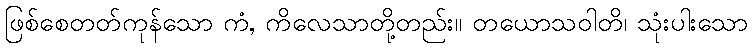
ဖြစ်စေတတ်ကုန်သော ကံ, ကိလေသာတို့တည်း။ တယောသဝါတိ၊ သုံးပါးသော